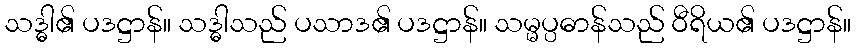
သဒ္ဓါ၏ ပဒဋ္ဌာန်။ သဒ္ဓါသည် ပသာဒ၏ ပဒဋ္ဌာန်။ သမ္မပ္ပဓာန်သည် ဝီရိယ၏ ပဒဋ္ဌာန်။